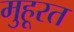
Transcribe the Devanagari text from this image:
मुहूरत